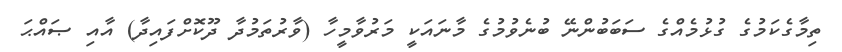
ތިމާގެކަމުގެ ގުޅުމެއްގެ ސަބަބުންނޭ ބުނެވުމުގެ މާނައަކީ މަރުވާމީހާ (ވާރުތަމުދާ ދޫކޮށްފައިދާ) އާއި ޞައްޙަ